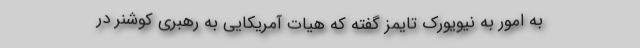
به امور به نیویورک تایمز گفته که هیات آمریکایی به رهبری کوشنر در